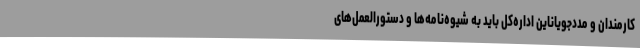
کارمندان و مددجویاناین اداره‌کل باید به شیوه‌نامه‌ها و دستورالعمل‌های